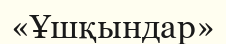
«Ұшқындар»